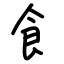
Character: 飠